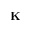
\mathbf { K }